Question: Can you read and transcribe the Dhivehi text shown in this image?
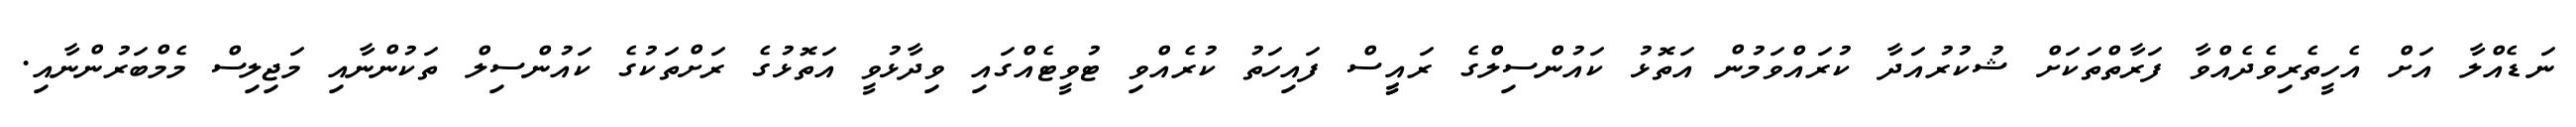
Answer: ނަޑެއްލާ އަށް އެހީތެރިވެދެއްވާ ފަރާތްތަކަށް ޝުކުރުއަދާ ކުރައްވަމުން އަތޮޅު ކައުންސިލްގެ ރައީީސް ފައިހަތު ކުރެއްވި ޓުވީޓެއްގައި ވިދާޅުވީ އަތޮޅުގެ ރަށްތަކުގެ ކައުންސިލް ތަކުންނާއި މަޖިލިސް މެމްބަރުންނާއި.